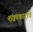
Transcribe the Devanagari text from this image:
शंक्वाकाराचे